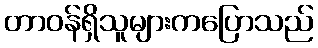
တာဝန်ရှိသူများကပြောသည်